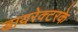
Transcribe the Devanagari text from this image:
डायरेक्टरके